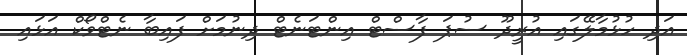
އަދި ހުޅުމާލޭގައި އުރީދޫ ސުޕަ ފާސްޓް އިންޓަނެޓް ދިނުމަށް ފައިބާ ނެޓްވޯކް އަޅައި